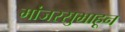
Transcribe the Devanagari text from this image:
मांजरसुभाहून